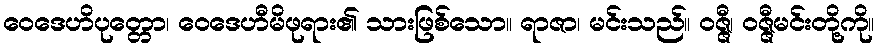
ဝေဒေဟိပုတ္တော၊ ဝေဒေဟီမိဖုရား၏ သားဖြစ်သော။ ရာဇာ၊ မင်းသည်။ ဝဇ္ဇီ၊ ဝဇ္ဇီမင်းတို့ကို။